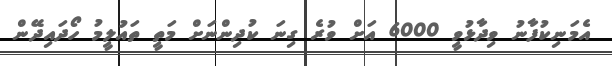
އެމަނިކުފާނު ވިދާޅުވީ 6000 އަށް ވުރެ ގިނަ ކުދިންނަށް މަތީ ތައުލީމު ހޯދައިދޭން